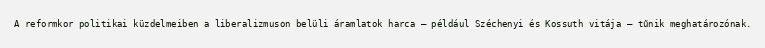
A reformkor politikai küzdelmeiben a liberalizmuson belüli áramlatok harca – például Széchenyi és Kossuth vitája – tűnik meghatározónak.